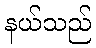
နယ်သည်